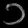
Digit: ၁